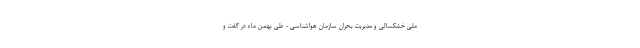
ملی خشکسالی و مدیریت بحران سازمان هواشناسی - طی بهمن ماه در گفت و